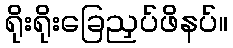
ရိုးရိုးခြေညှပ်ဖိနပ်။